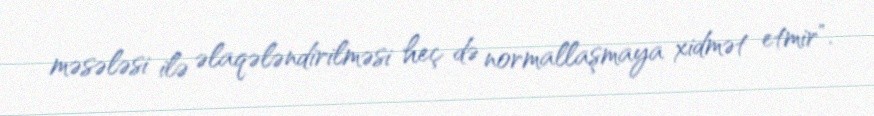
məsələsi ilə əlaqələndirilməsi heç də normallaşmaya xidmət etmir".